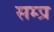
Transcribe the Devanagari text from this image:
सम्प्र